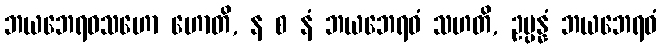
ဘယဘေရဝသဟော ဟောတိ, န စ နံ ဘယဘေရဝံ သဟတိ, ဥပ္ပန္နံ ဘယဘေရဝံ